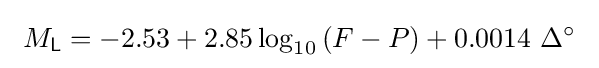
\ M_{\mathsf {L}}=-2.53+2.85\log _{10}\left(F-P\right)+0.0014\ \Delta ^{\circ }\